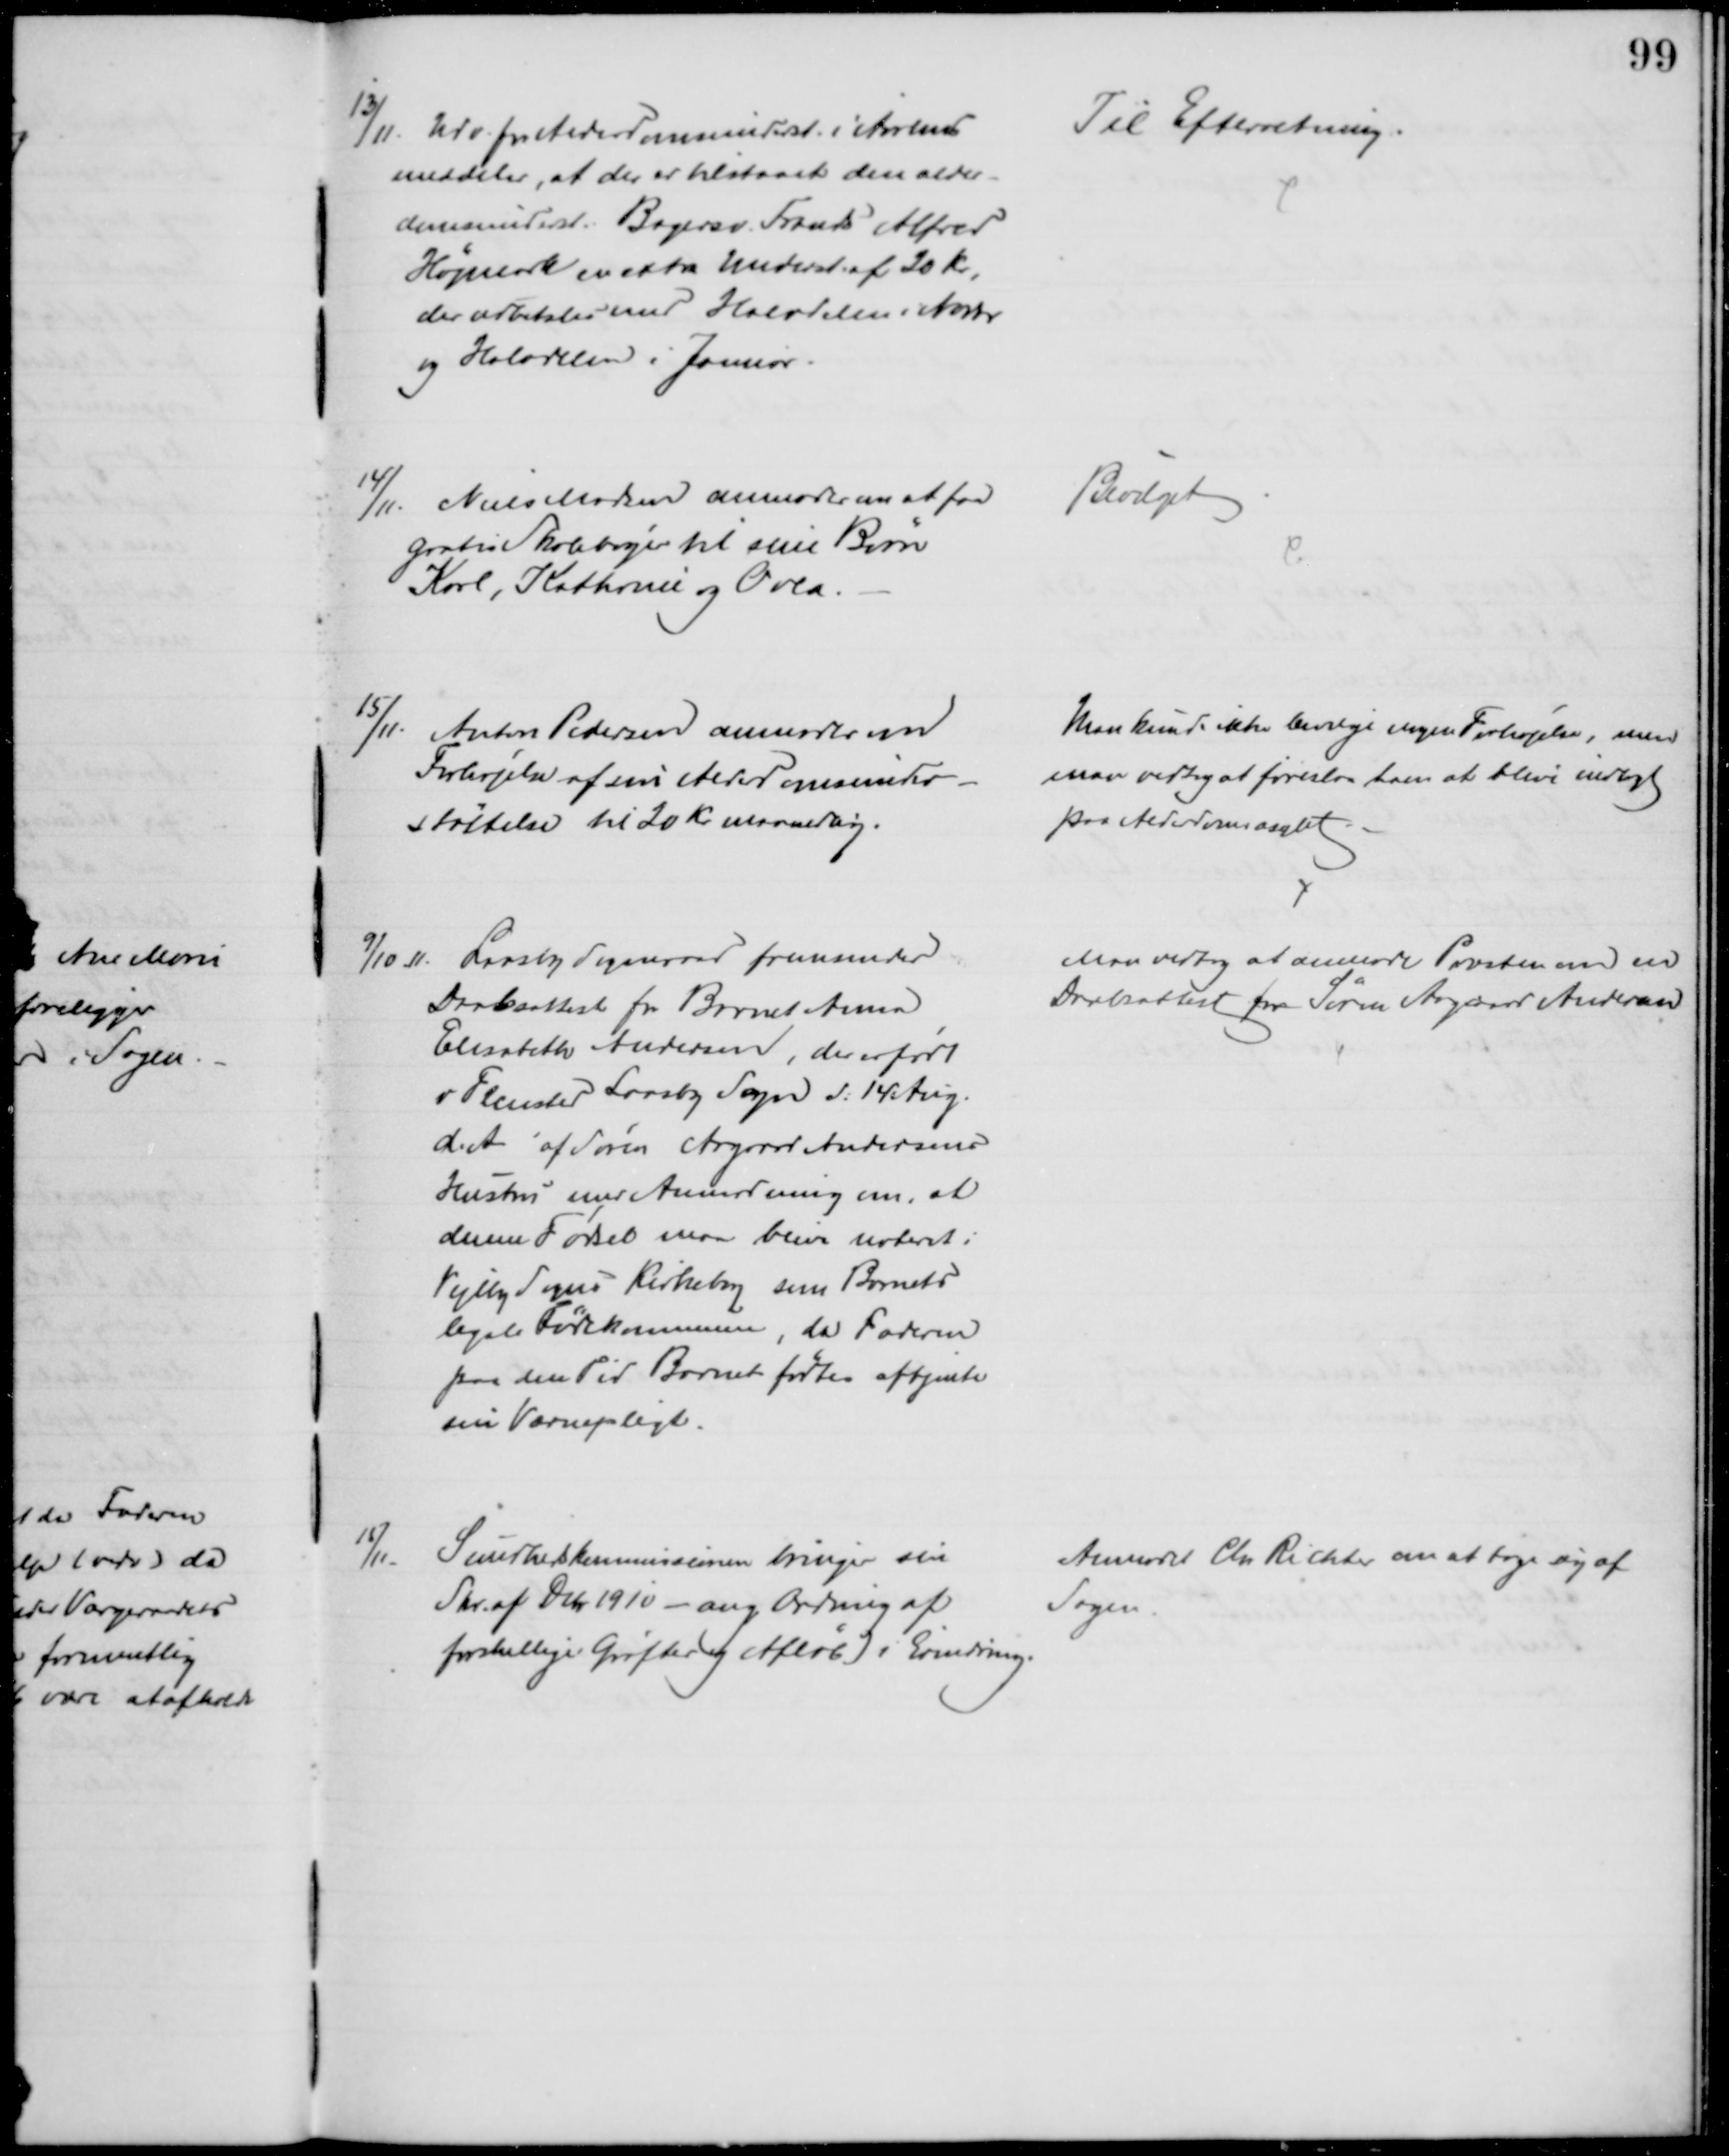
Transskription:
13/11. Udv. for Alderdomsunderst. i Aarhus
meddeler, at der er tilstaaet den alder-
domsunderst. Bagersv. Frands Alfred
Højmark en extra Underst. af 20 Kr,
der udbetales med Halvdelen i Novbr
og Halvdelen i Januar.
Til Efterretning.
14/11. Niels Madsen anmoder om at faa
gratis Skolebøger til sine Børn
Karl, Kathrine og Orla.
Bevilget
15/11. Anton Pedersen anmoder om
Forhøjelse af sin Alderdomsunder-
støttelse til 20 Kr. maanedlig.
Man kunde ikke bevilge nogen Forhøjelse, men
man vedtog at foreslaa ham at blive indlagt
paa Alderdomsasylet
9/10 11.
Laasby Sogneraad fremsender
Daabsattest for Barnet Anna
Elisabeth Andersen, der er født
v Flensted Laasby Sogn d. 14 Aug.
d.A. af Søren Aagaard Andersens
Hustru med Anmodning om, at
denne Fødsel maa blive noteret i
Vejlby Sogns Kirkebog som Barnets
legale Fødekommune, da Faderen
paa den Tid Barnet fødtes aftjente
sin Værnepligt.
Man vedtog at anmode Præsten om en
Daabsattest for Søren Aagaard Andersen
15/11.
Sundhedskommissionen bringer sin
Skr. af Debr 1910 - ang. Ordning af
forskellige Grøfter og Afløb) i Erindring.
Anmoder Chr. Richter om at tage og af
Sagen.